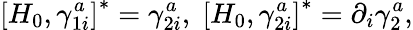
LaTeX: \left[H_{0},\gamma_{1i}^{a}\right]^{*}=\gamma_{2i}^{a},\; \left[H_{0},\gamma_{2i}^{a}\right]^{*}=\partial_{i}\gamma_{2}^{a},